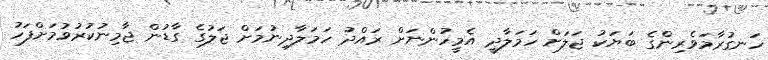
ހަނގުރާމަވެރިންގެ ބަޔަކު ޖަލަށް ހަމަލާދީ އެމީހުންނަށް ރައްދު ހަމަލާދިނުމަށް ޖަލުގެ ގާޑުން ޖާމިނުކުރުވުމަށްފަހު